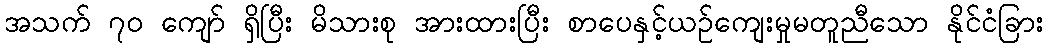
အသက် ၇၀ ကျော် ရှိပြီး မိသားစု အားထားပြီး စာပေနှင့်ယဉ်ကျေးမှုမတူညီသော နိုင်ငံခြား